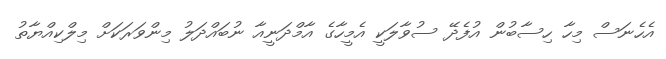
އެހެނަސް މިހާ ހިސާބުން އުފެދޭ ސުވާލަކީ އެމީހާގެ އާމްދަނީއާ ނުބައްދަލު މިންވަރަކަށް މިލްކިއްޔާތު